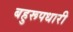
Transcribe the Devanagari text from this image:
बहुरूपधारी